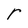
Character: r